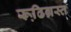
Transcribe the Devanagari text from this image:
रूढि़ग्रस्त